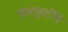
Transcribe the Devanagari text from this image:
खारफुटींचे